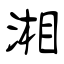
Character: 湘